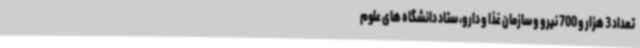
تعداد 3 هزار و 700 نیرو و سازمان غذا و دارو، ستاد دانشگاه های علوم